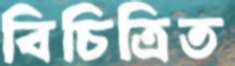
বিচিত্রিত